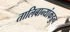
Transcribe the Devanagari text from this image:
तालिबान्यांकडुन